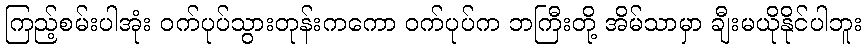
ကြည့်စမ်းပါအုံး ဝက်ပုပ်သွားတုန်းကကော ဝက်ပုပ်က ဘကြီးတို့ အိမ်သာမှာ ချီးမယိုနိုင်ပါဘူး